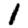
Digit: 1